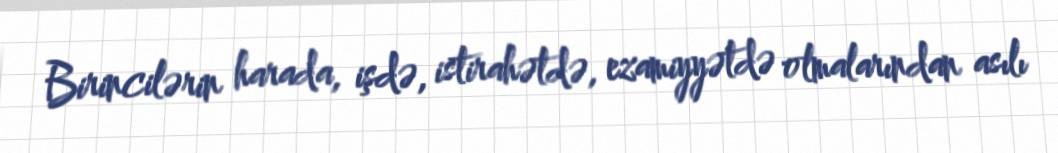
Birincilərin harada, işdə, istirahətdə, ezamiyyətdə olmalarından asılı